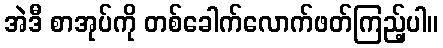
အဲဒီ စာအုပ်ကို တစ်ခေါက်လောက်ဖတ်ကြည့်ပါ။